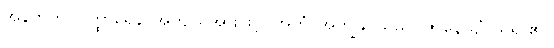
အနက်ကို။ ဝိတ္ထာရေန၊ အကျယ်အားဖြင့်။ အဟံ၊ အကျွန်ုပ်သည်။ ဇာနေယျံ၊ သိရာ၏။